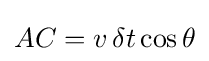
AC=v\,\delta t\cos \theta